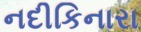
નદીકિનારા